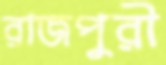
রাজপুরী